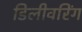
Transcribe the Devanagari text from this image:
डिलीवरिंग